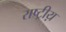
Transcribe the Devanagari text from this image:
राष्ट्रीय़